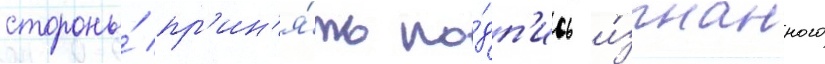
стороны́ пр'ин'я́ть по́дп'ись и́згнанного